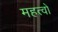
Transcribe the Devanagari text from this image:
महत्वों